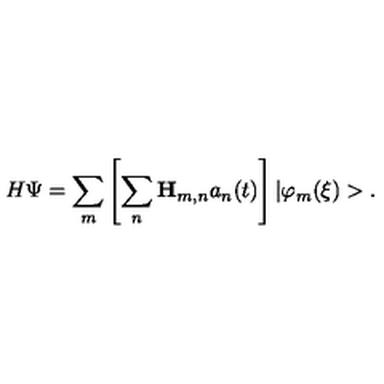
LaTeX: H \Psi = \sum _ { m } \left[ \sum _ { n } { \bf H } _ { m , n } a _ { n } ( t ) \right] | \varphi _ { m } ( \xi ) > .